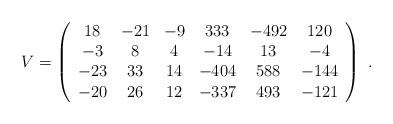
LaTeX: \begin{align*} V=\left( \begin{array}{cccccc} 18 & -21 & -9 & 333 & -492 & 120\\ -3 & 8 & 4 & -14 & 13 & -4\\ -23 & 33 & 14 & -404 & 588 & -144\\ -20 & 26 & 12 & -337 & 493 & -121 \end{array} \right)\ .\end{align*}